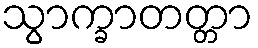
သွာက္ခာတတ္တာ